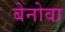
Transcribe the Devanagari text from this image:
बेनोवा